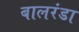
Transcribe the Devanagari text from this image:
बालरंडा